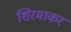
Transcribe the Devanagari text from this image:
शिरमाकर